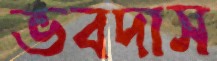
ভবদাস